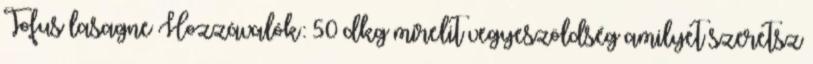
Tofus lasagne Hozzávalók: 50 dkg mirelit vegyeszöldség amilyet szeretsz